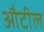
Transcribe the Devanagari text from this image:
औटील